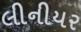
લીનીયર